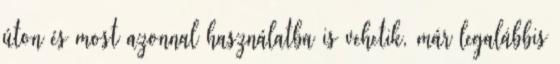
úton és most azonnal használatba is vehetik, már legalábbis